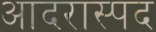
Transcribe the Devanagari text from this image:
आदरास्पद